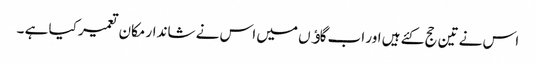
اس نے تین حج کئے ہیں اور اب گاﺅں میں اس نے شاندار مکان تعمیر کیا ہے ۔